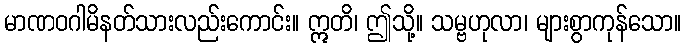
မာဏဝဂါမိနတ်သားလည်းကောင်း။ ဣတိ၊ ဤသို့။ သမ္ဗဟုလာ၊ များစွာကုန်သော။